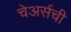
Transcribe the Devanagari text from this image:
चेअर्सची